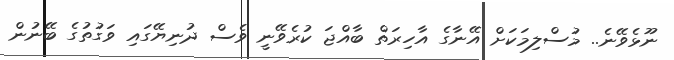
ނޫޅެވޭނެ.. މުސްލިމަކަށް އޭނާގެ އާހިރަތް ބާއްޖަ ކުރެވޭނީ ވެސް ދުނިޔޭގައި ވަގުތުގެ ބޭނުން